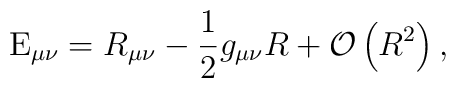
{\rm E}_{\mu \nu }=R_{\mu \nu }-\frac{1}{2}g_{\mu \nu }R+{\cal O}\left(R^{2}\right) ,\qquad